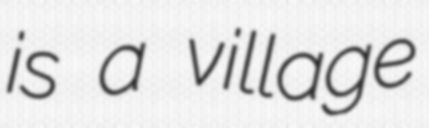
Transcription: is a village